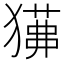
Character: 𤢁